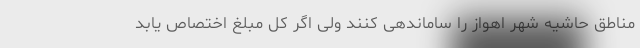
مناطق حاشیه شهر اهواز را ساماندهی کنند ولی اگر کل مبلغ اختصاص یابد